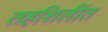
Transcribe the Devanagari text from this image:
तहशिलींत